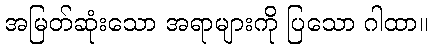
အမြတ်ဆုံးသော အရာများကို ပြသော ဂါထာ။